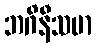
ဘဂိနီသမာ